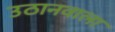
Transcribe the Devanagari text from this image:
उठानवाला